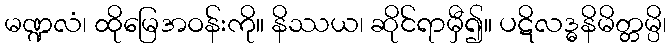
မဏ္ဍလံ၊ ထိုမြေအဝန်းကို။ နိဿယ၊ ဆိုင်ရာမှီ၍။ ပဋိလဒ္ဓနိမိတ္တမ္ပိ၊